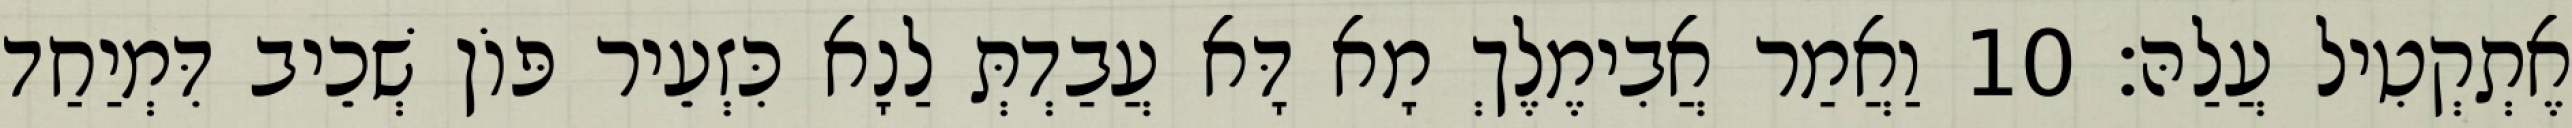
אֶתְקְטִיל עֲלַהּ׃ 10 וַאֲמַר אֲבִימֶלֶךְ מָא דָּא עֲבַדְתְּ לַנָא כִּזְעֵיר פּוֹן שְׁכֵיב דִּמְיַחַד